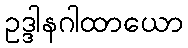
ဥဒ္ဒါနဂါထာယော